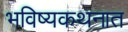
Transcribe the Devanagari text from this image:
भविष्यकथनात